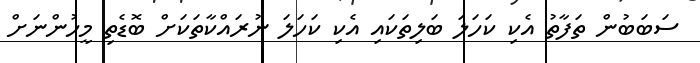
ސަބަބުން ތަފާތު އެކި ކަހަލަ ބަލިތަކައި އެކި ކަހަލަ ނުރައްކާތަކަށް ބޮޑެތި މީހުންނަށް